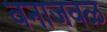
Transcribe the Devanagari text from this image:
वनाजवळ